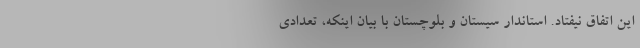
این اتفاق نیفتاد. استاندار سیستان و بلوچستان با بیان اینکه، تعدادی